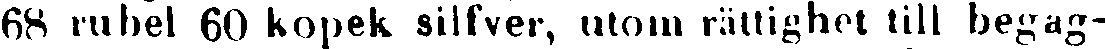
68 rubel 60 kopek silfver, utom rättighet till begag-